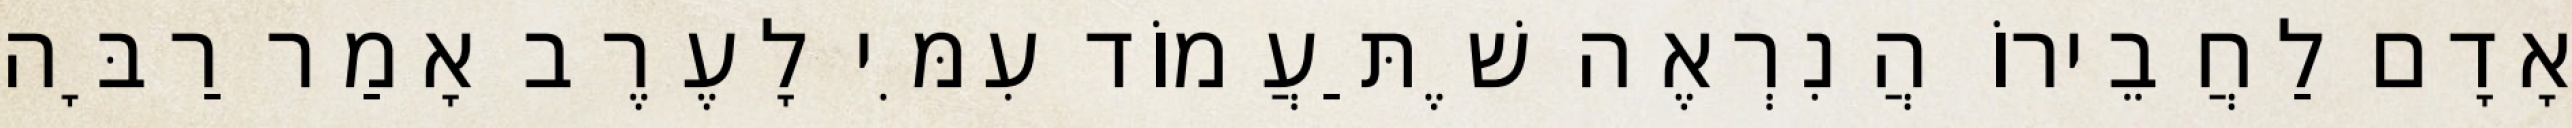
אָדָם לַחֲבֵירוֹ הֲנִרְאֶה שֶׁתַּעֲמוֹד עִמִּי לָעֶרֶב אָמַר רַבָּה